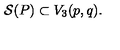
{ \cal S } ( P ) \subset V _ { 3 } ( p , q ) .